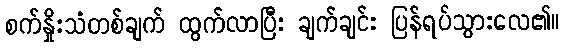
စက်နှိုးသံတစ်ချက် ထွက်လာပြီး ချက်ချင်း ပြန်ရပ်သွားလေ၏။